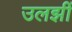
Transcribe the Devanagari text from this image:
उलझीं